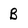
Character: B